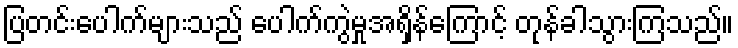
ပြတင်းပေါက်များသည် ပေါက်ကွဲမှုအရှိန်ကြောင့် တုန်ခါသွားကြသည်။